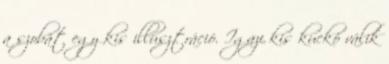
a szobát egy kis illusztráció. Igazi kis kuckó válik